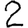
Digit: 2